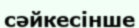
сәйкесінше